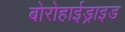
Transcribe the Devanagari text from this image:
बोरोहाईड्राइड